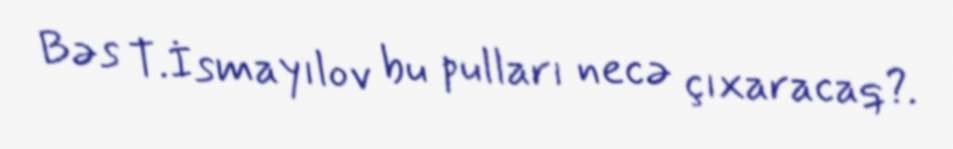
Bəs T.İsmayılov bu pulları necə çıxaracaq?.